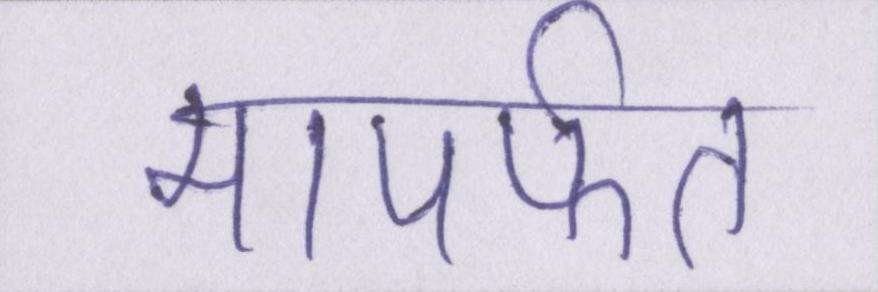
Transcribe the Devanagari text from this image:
मापर्फत